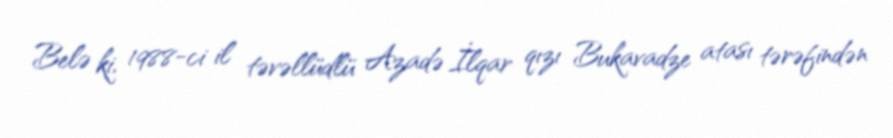
Belə ki, 1988-ci il təvəllüdlü Azadə İlqar qızı Bukavadze atası tərəfindən